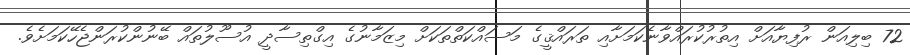
72 ބިލިއަން ރުފިޔާއަށް އިތުރުކުރައްވާނެކަމަށާއި ތަރައްޤީގެ މަސައްކަތްތަކަށް މިޒަމާނުގެ އިގްތިސާދީ އުސޫލުތައް ބޭނުންކުރަންޖެހޭކަމަށެވެ.